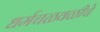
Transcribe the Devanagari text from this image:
धर्मचळवळीचे